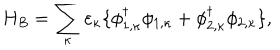
H _ { B } = \sum _ { \kappa } \varepsilon _ { \kappa } \{ \phi _ { 1 , \kappa } ^ { \dagger } \phi _ { 1 , \kappa } + \phi _ { 2 , \kappa } ^ { \dagger } \phi _ { 2 , \kappa } \} ,